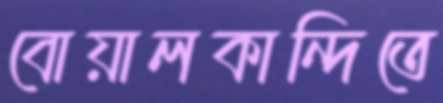
বোয়ালকান্দিতে